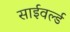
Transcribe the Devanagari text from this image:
साईवर्ल्ड